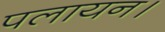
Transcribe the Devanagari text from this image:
पलायन।